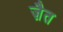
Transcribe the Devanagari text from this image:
ज़ैत